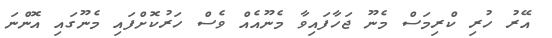
އޭރު ހުރި ކްރިމަސް މެނޫ ޖަހާފައިވާ މެނޫއެއް ވެސް ހަރުކޮށްފައި މެނޫގައި އޮންނަ